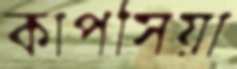
কাপসিয়া